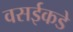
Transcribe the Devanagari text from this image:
वसईकडे